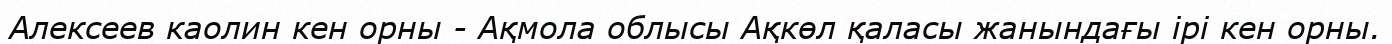
Алексеев каолин кен орны - Ақмола облысы Ақкөл қаласы жанындағы ірі кен орны.